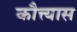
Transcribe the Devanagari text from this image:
कौत्त्यास